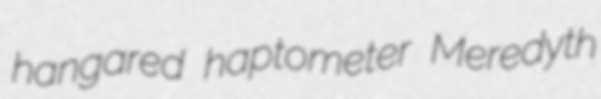
hangared haptometer Meredyth